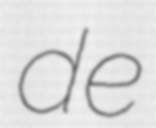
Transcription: de